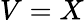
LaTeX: V=X